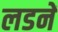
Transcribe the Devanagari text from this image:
लडनें